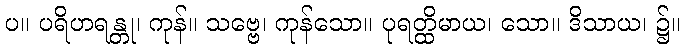
ပ။ ပရိဟရန္တု၊ ကုန်။ သဗ္ဗေ၊ ကုန်သော။ ပုရတ္ထိမာယ၊ သော။ ဒိသာယ၊ ၌။